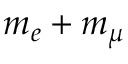
m _ { e } + m _ { \mu }